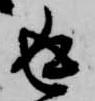
返